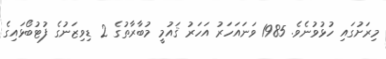
މިރަށުގައި ހުޅުވުނެވެ. 1985 ވަނައަހަރު އަހަރު ޤައުމީ މުބާރާތުގެ 2 ޑިވިޒަނުގެ ފުޓުބޯޅައިގެ